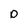
Character: D